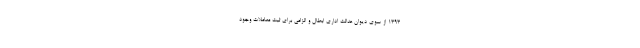
۱۳۹۳ از سوی دیوان عدالت اداری ابطال و الزامی برای ثبت معاملات وجود